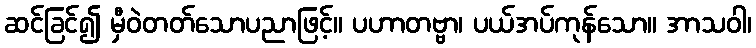
ဆင်ခြင်၍ မှီဝဲတတ်သောပညာဖြင့်။ ပဟာတဗ္ဗာ၊ ပယ်အပ်ကုန်သော။ အာသဝါ၊